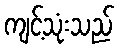
ကျင့်သုံးသည်